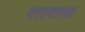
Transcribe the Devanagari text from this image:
तारापा